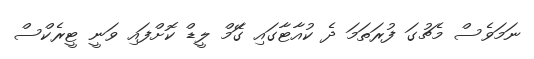
ނަމަވެސް މެޗުގަ ފުރަތަމަ ދެ ކުއާޓާގައި ގަޭމް ލީޑް ކޮށްފައި ވަނީ ޓީރެކްސް